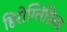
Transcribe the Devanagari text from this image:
हिरोग्लिफ़िक